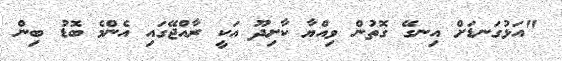
"އަޅުގަނޑަށް އިނގޭ ގޮތުން ވިއްޔާ ކާށިދޫ އަކީ ރާއްޖޭގައި އެންމެ ބޮޑު ބިން